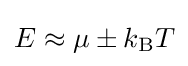
E\approx \mu \pm k_{\rm {B}}T